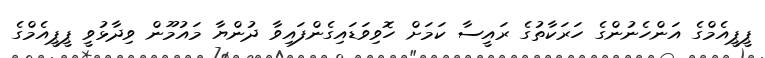
ޕީޕީއެމްގެ އަންހެނުންގެ ހަރަކާތުގެ ރައީސާ ކަމަށް ހޮވިވަޑައިގެންފައިވާ ދުންޔާ މައުމޫން ވިދާޅުވީ ޕީޕީއެމްގެ